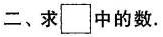
二、求\square 中的数.